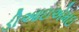
ડીઆઇએમઇ